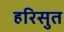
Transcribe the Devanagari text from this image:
हरिसुत